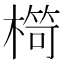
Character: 𣘠